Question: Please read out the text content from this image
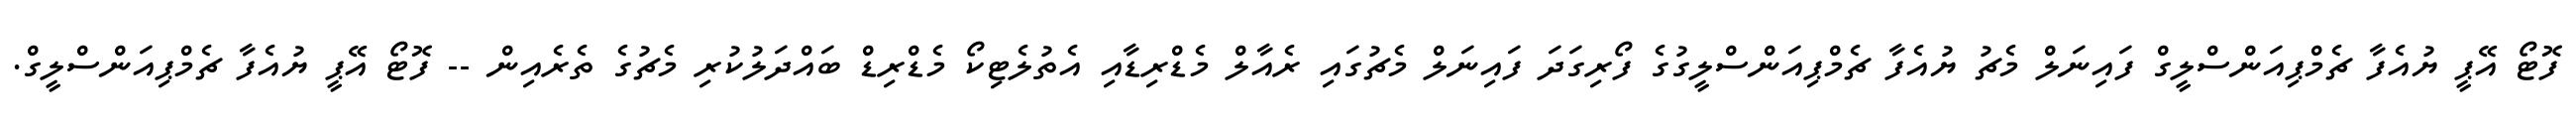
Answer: ފޮޓޯ އޭޕީ ޔުއެފާ ޗެމްޕިއަންސްލީގް ފައިނަލް މެޗު ޔުއެފާ ޗެމްޕިއަންސްލީގުގެ ފޯރިގަދަ ފައިނަލް މެޗުގައި ރެއާލް މެޑްރިޑާއި އެތުލެޓިކޯ މެޑްރިޑް ބައްދަލުކުރި މެޗުގެ ތެރެއިން -- ފޮޓޯ އޭޕީ ޔުއެފާ ޗެމްޕިއަންސްލީގް.